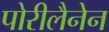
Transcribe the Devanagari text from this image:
पोरीलैनेन